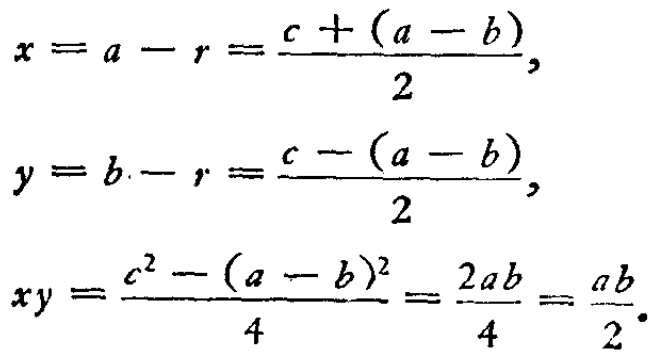
\[

\begin{align*}

x&=a - r=\frac{c+(a - b)}{2},\\

y&=b - r=\frac{c-(a - b)}{2},\\

xy&=\frac{c^{2}-(a - b)^{2}}{4}=\frac{2ab}{4}=\frac{ab}{2}.

\end{align*}

\]